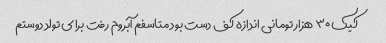
کیک ۳۰ هزار تومانی اندازه کف دست بود متاسفم آبروم رفت برای تولد دوستم